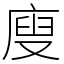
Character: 廋